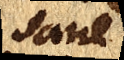
sane